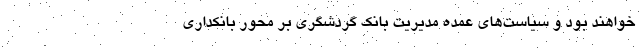
خواهند بود و سیاست‌های عمده مدیریت بانک گردشگری بر محور بانکداری